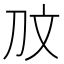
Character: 𭃉